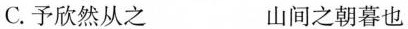
C.予欣然从之 山间之朝暮也